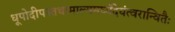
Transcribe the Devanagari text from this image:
धूपोदीपस्तथामाल्यमर्घ्यंदेयंत्वरान्वितैः